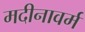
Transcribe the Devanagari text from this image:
मदीनावर्म